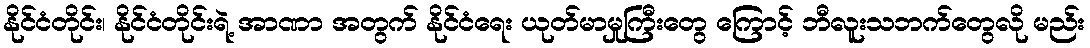
နိုင်ငံတိုင်း၊ နိုင်ငံတိုင်းရဲ့ အာဏာ အတွက် နိုင်ငံရေး ယုတ်မာမှုကြီးတွေ ကြောင့် ဘီလူးသဘက်တွေလို မည်း